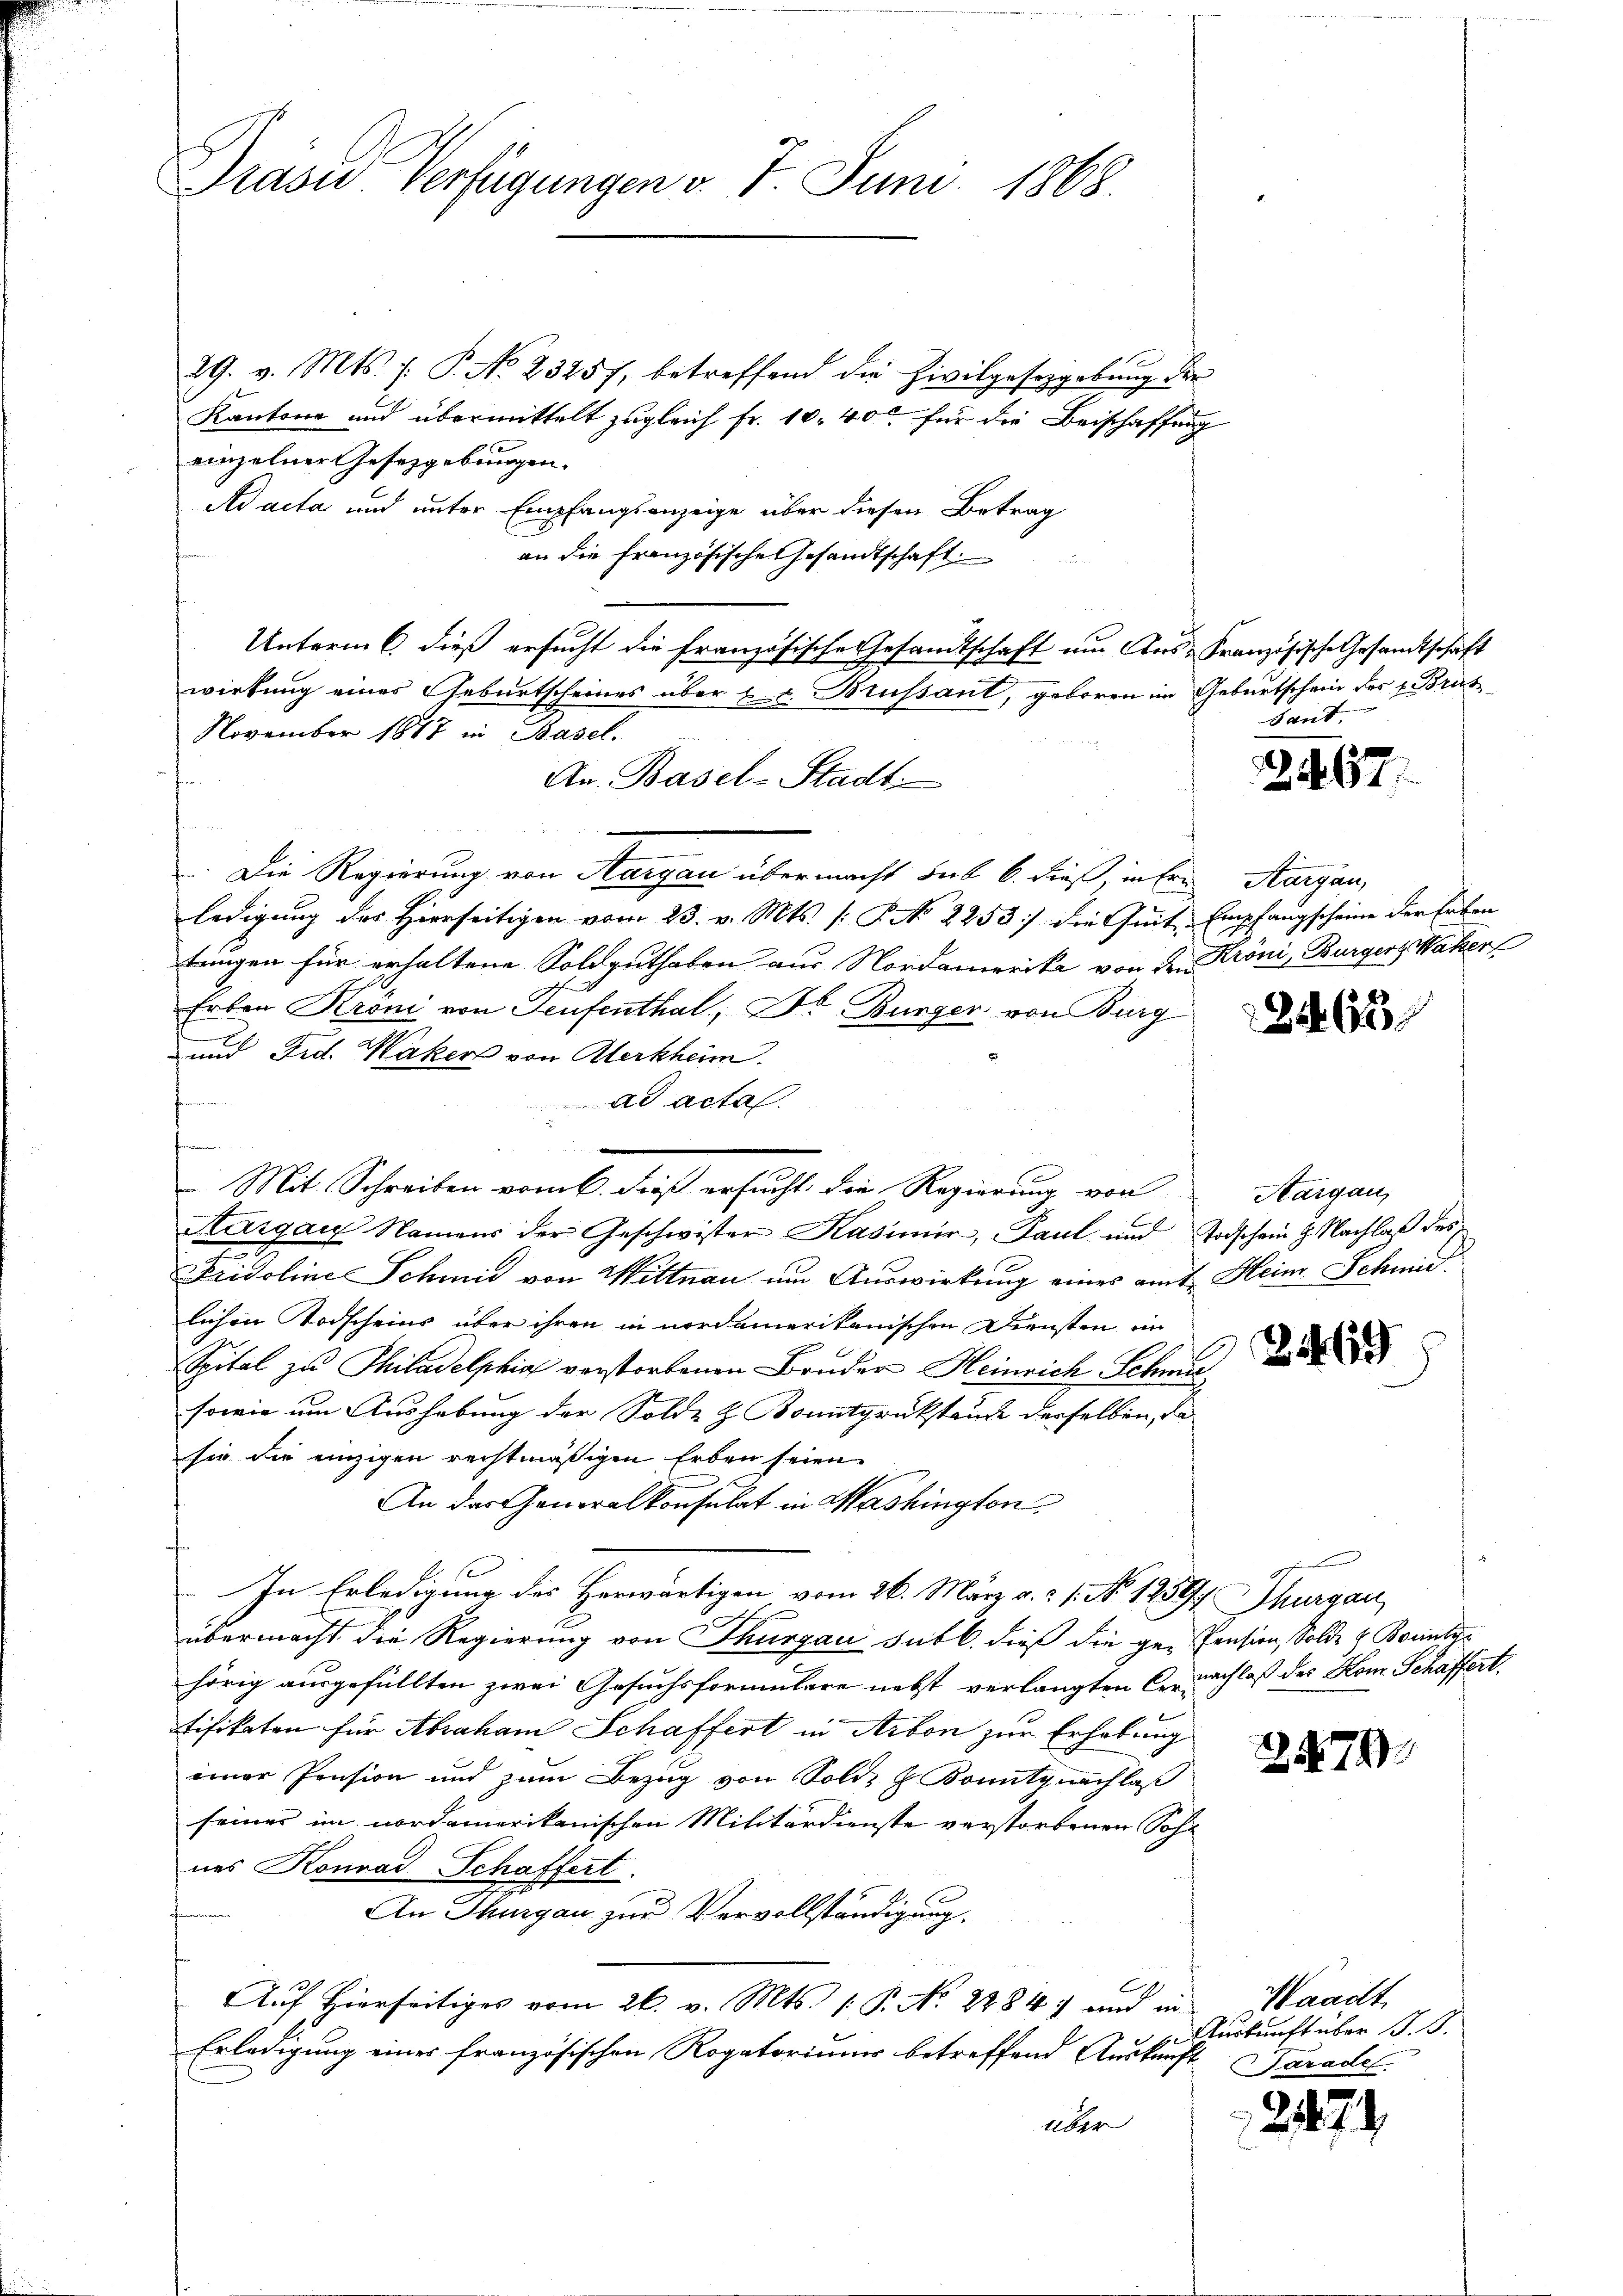
Gräse Verfügungen v. 7. Juni 1868.

Mit Schreiben vom 6. dieß ersucht die Regierung von

29. v. Mts. f. P. No. 23457, betreffend die Zivilgesetzgebŭng der
Kantone und übermittelt zugleich Fr. 10. 400 für die Beischaffung
einzelner Gesetzgebungen.
Ad acta und unter Empfangsanzeige über diesen Betrag
an die Französische Gesandtschaft
Unterm 6. dieß ersucht die französische Gesandtschaft um Aus-Französische Gesandtschaft
wirkung eines Geburtscheines über u. v. Brussant, geboren im Geburtschein des Brut
November 1887 in Basel.
An. Basel-Stadt
Die Regierung von Aargau übermacht sub b. dieß inten Margau,
ledigung des Hierseitigen vom 23. v. Mts. [: P. No 2253 die Quit, Empfangscheine der Erben
tringen für erhaltene Soldguthaben aus Nordamerika von den Kröni, Burgers her
Erben Kröni von Teufenthal, Dr. Bürger von Burg
und Frd. Waker von Merkheim.
fanne
ad acta.
di
Aargau Namens der Geschwister Kasimir, Paul und Todschein H. Nachlaß des
Fridoline Schmid von Wittnau um Auswirkung eines amt Heim Schmid
lichen Todscheins über ihren in nordamerikanischen Diensten im
e
Spital zu Thiladelphia verstorbenen Bruder Heinrich Schmie¬
sowie um Aushebung der Solde & Bonitgrükstand derselben, da
sie die einzigen rechtmäßigen Erben seien
An das Generalkonsulat in Washington
e
In Erledigung des Herwärtigen vom 26. März a. c. s. No 1259. Thurgau,
übermacht die Regierung von Thurgau sub b. dieß die ge-Pension, Solde 4 Bornte
hörig ausgefüllten zwei Gesuchsformulare nebst verlangten nachlaß des Kom. Schäffert
tifikaten für Abraham Schaffert in Arbon zur Erhebung
einer Pension und zum Bezug von Sold- & Bonity nachlaß
seiner im nordamerikanischen Militärdienste verstorbenen Sohn
nes Konrad Schaffert.
An Thurgau zur Vervollständigung.
Auf Hierseitiges vom 26. v. Mts. 1 P. No. 2284) und in
Erledigung einer französischen Rogatoriums betreffend Auskunft Daradel
über

ant

2467.

22463

Aargau,

249

7

Waadt
 urkunft über 1. 13.

279